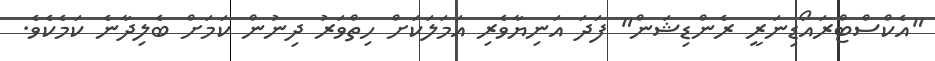
"އެކްސްޓްރައޯޑިނަރީ ރެންޑިޝަން" ފަދަ އަނިޔާވެރި އަމަލަކަށް ހިތްވަރު ދިނުން ކަމަށް ބެލިދާނެ ކަމެކެވެ.